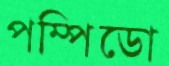
পম্পিডো